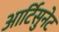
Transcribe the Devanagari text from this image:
आर्टिसुनेट